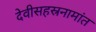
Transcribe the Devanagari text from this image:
देवीसहस्रनामांत